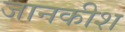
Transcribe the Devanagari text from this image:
जानकीश